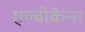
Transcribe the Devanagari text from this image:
एल्बीकैन्स